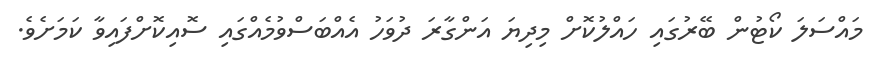
މައްސަލަ ކޯޓުން ބޭރުގައި ހައްލުކޮށް މިދިޔަ އަންގާރަ ދުވަހު އެއްބަސްވުމެއްގައި ސޮއިކޮށްފައިވާ ކަމަށެވެ.